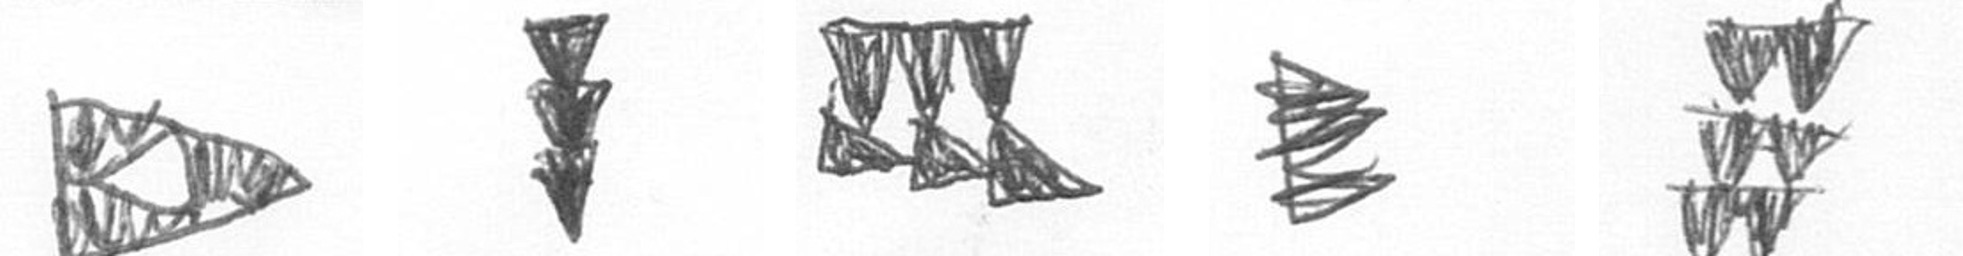
K E D H Y